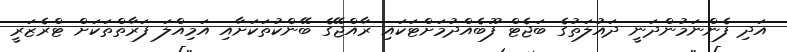
އަދި ފެންނަމުންދަނީ ދައުލަތުގެ ބަޖެޓް ފޫބެއްދުމަށްޓަކައި ރާއްޖޭގެ ބޭންކުތަކަށާއި އަމިއްލަ ފަރާތްތަކަށް ޓްރެޒަރީ